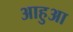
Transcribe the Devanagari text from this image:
आहुआ